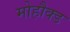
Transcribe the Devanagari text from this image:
मोहौक्ड